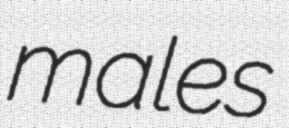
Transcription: males